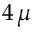
4 \, \mu